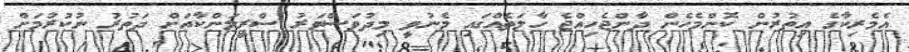
އެމެރިކާގެ އިތުރުން ކޮންމެހެން ދާންޖެހިއްޖެ ހާލަތެއްގައި މެނުވީ މިދުވަސްވަރު ސްރީލަންކާއަށް ދަތުރު ނުކުރުމަށް